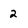
Character: 2